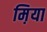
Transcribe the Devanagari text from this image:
म़िया